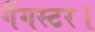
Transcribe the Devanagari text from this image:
गैंगस्टर।